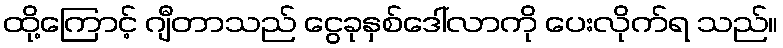
ထို့ကြောင့် ဂျီတာသည် ငွေခုနှစ်ဒေါ်လာကို ပေးလိုက်ရ သည်။